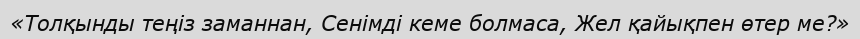
«Толқынды теңіз заманнан, Сенімді кеме болмаса, Жел қайықпен өтер ме?»